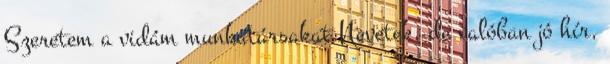
Szeretem a vidám munkatársakat Nevetek, de valóban jó hír,